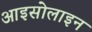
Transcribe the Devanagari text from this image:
आइसोलाइन